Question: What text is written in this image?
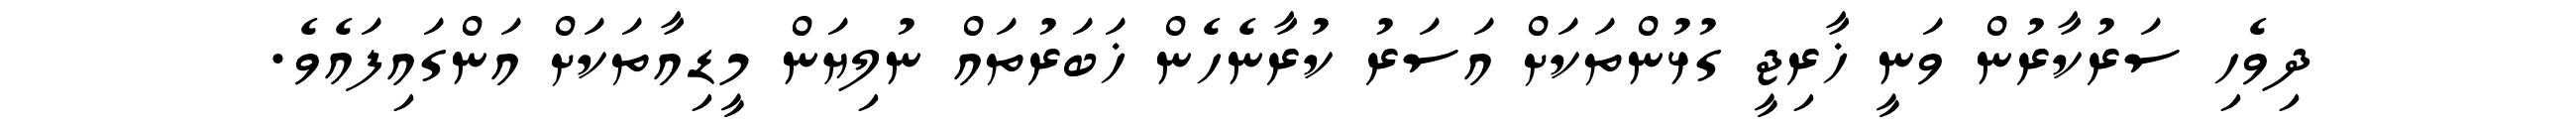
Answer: ދިވެހި ސަރުކާރުން ވަނީ ޚާރިޖީ ގުޅުންތަކަށް އަސަރު ކުރާނެހެން ޚަބަރުތައް ނުލިޔަން މީޑިއާތަކަށް އަންގައިފައެވެ.